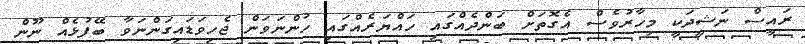
ރައީސް ނަޝީދަކީ މިހާރުވެސް އެގޮތަށް ބަންދެއްގައި ހައްޔަރެއްގައި ހުންނަވަން ޖެހިވަޑައިގަންނަވާ ބޭފުޅެއް ނޫން